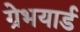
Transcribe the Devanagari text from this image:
ग्रेभयार्ड